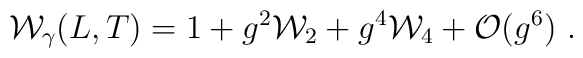
{\cal W}_\gamma (L,T)= 1+g^2 {\cal W}_2 + g^4 {\cal W}_4 + {\cal O}(g^6)\ .